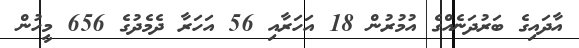
އާދައިގެ ބަރުދަނެއްގެ އުމުރުން 18 އަހަރާއި 56 އަހަރާ ދެމެދުގެ 656 މީހުން